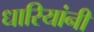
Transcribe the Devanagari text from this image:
धारियांनी